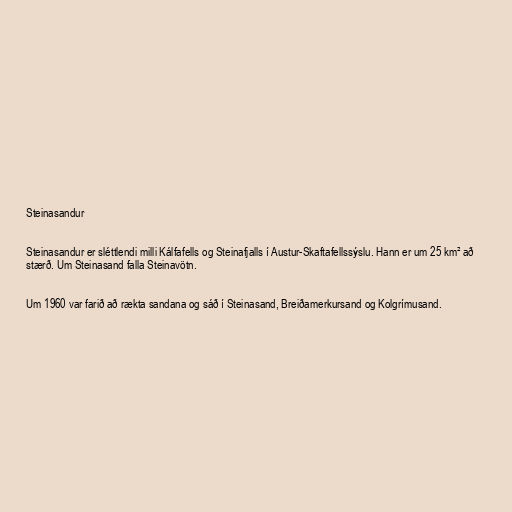
Steinasandur

Steinasandur er sléttlendi milli Kálfafells og Steinafjalls í Austur-Skaftafellssýslu. Hann er um 25 km² að
stærð. Um Steinasand falla Steinavötn.

Um 1960 var farið að rækta sandana og sáð í Steinasand, Breiðamerkursand og Kolgrímusand.